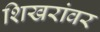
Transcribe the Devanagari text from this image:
शिखरांवर